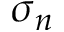
\sigma _ { n }